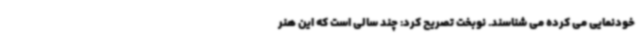
خودنمایی می کرده می شناسند. نوبخت تصریح کرد: چند سالی است که این هنر